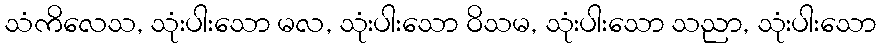
သံကိလေသ, သုံးပါးသော မလ, သုံးပါးသော ဝိသမ, သုံးပါးသော သညာ, သုံးပါးသော